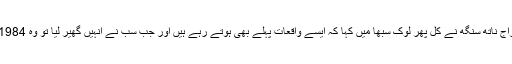
وزیرداخلہ راج ناتھ سنگھ نے کل پھر لوک سبھا میں کہا کہ ایسے واقعات پہلے بھی ہوتے رہے ہیں اور جب سب نے انہیں گھیر لیا تو وہ 1984 ء پر آگئے۔